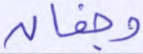
وجفان